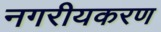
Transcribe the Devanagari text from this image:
नगरीयकरण